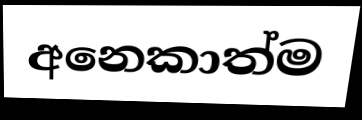
අනෙකාත්ම